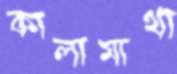
কালামাথা